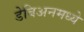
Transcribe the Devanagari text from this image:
डेबिअनमध्ये